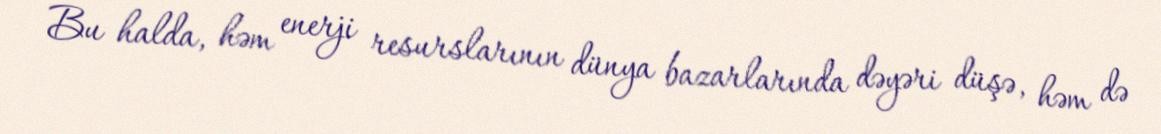
Bu halda, həm enerji resurslarının dünya bazarlarında dəyəri düşə, həm də